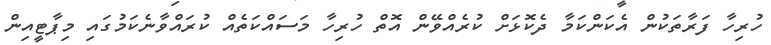
ހުރިހާ ފަރާތަކުން އެކަންކަމާ ދެކޮޅަށް ކުރެއްވޭން އޮތް ހުރިހާ މަސައްކަތެއް ކުރައްވާނެކަމުގައި މިޕާޓީއިން